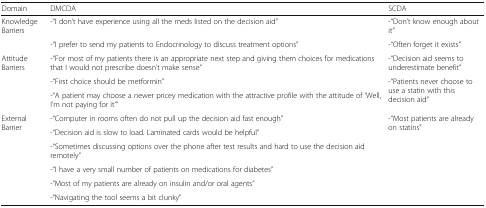
<table><thead><tr><td><b>Domain</b></td><td><b>DMCDA</b></td><td><b>SCDA</b></td></tr></thead><tbody><tr><td rowspan="2">Knowledge Barriers</td><td>-“I don’t have experience using all the meds listed on the decision aid”</td><td>-“Don’t know enough about it”</td></tr><tr><td>-“I prefer to send my patients to Endocrinology to discuss treatment options”</td><td>-“Often forget it exists”</td></tr><tr><td rowspan="3">Attitude Barriers</td><td>-“For most of my patients there is an appropriate next step and giving them choices for medications that I would not prescribe doesn’t make sense”</td><td>-“Decision aid seems to underestimate benefit”</td></tr><tr><td>-“First choice should be metformin”</td><td rowspan="2">-“Patients never choose to use a statin with this decision aid”</td></tr><tr><td>-“A patient may choose a newer pricey medication with the attractive profile with the attitude of ‘Well, I’m not paying for it’”</td></tr><tr><td rowspan="6">External Barrier</td><td>-“Computer in rooms often do not pull up the decision aid fast enough”</td><td rowspan="6">-“Most patients are already on statins”</td></tr><tr><td>-“Decision aid is slow to load. Laminated cards would be helpful”</td></tr><tr><td>-“Sometimes discussing options over the phone after test results and hard to use the decision aid remotely”</td></tr><tr><td>-“I have a very small number of patients on medications for diabetes”</td></tr><tr><td>-“Most of my patients are already on insulin and/or oral agents”</td></tr><tr><td>-“Navigating the tool seems a bit clunky”</td></tr></tbody></table>